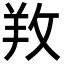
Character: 䍩